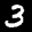
Label: 3